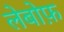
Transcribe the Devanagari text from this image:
लेबोफ़